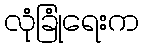
လုံခြုံရေးက